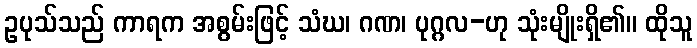
ဥပုသ်သည် ကာရက အစွမ်းဖြင့် သံဃ၊ ဂဏ၊ ပုဂ္ဂလ-ဟု သုံးမျိုးရှိ၏။ ထိုသူ